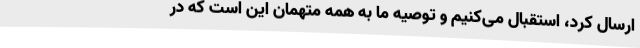
ارسال کرد، استقبال می‌کنیم و توصیه ما به همه متهمان این است که در